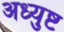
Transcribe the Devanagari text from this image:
अध्युष्ट